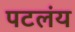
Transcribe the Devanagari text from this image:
पटलंय